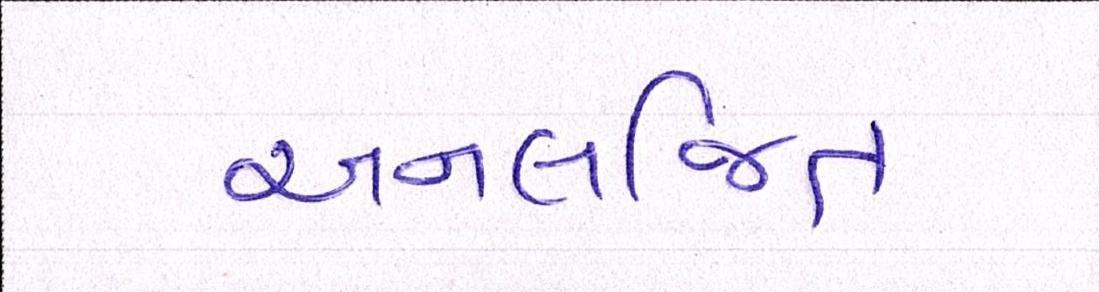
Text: અનલજિત